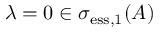
\lambda = 0 \in \sigma _ { \mathrm { e s s } , 1 } ( A )